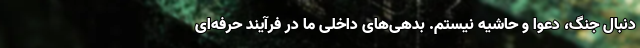
دنبال جنگ، دعوا و حاشیه نیستم. بدهی‌های داخلی ما در فرآیند حرفه‌ای